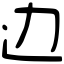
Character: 边